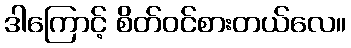
ဒါကြောင့် စိတ်ဝင်စားတယ်လေ။